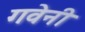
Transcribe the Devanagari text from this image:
गवेनी